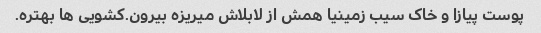
پوست پیازا و خاک سیب زمینیا همش از لابلاش میریزه بیرون.کشویی ها بهتره.